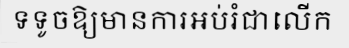
ទទូចឱ្យមានការអប់រំជាលើក